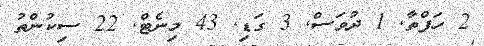
2 ހަފްތާ